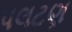
પલટણ